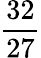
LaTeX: \frac{32}{27}